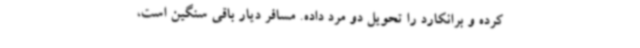
کرده و برانکارد را تحویل دو مرد داده. مسافر دیار باقی سنگین است،‌